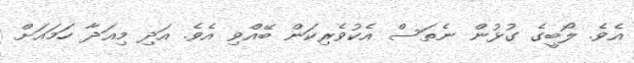
އެވެ. ލޯބީގެ ގުޅުން ނެތަސް އެކުވެރިކަން ބޭއްވި އެވެ. އަދި މިއަދާ ހަމައަށް